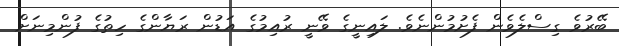
ބޭރުވެ ގިސްލެވެން ފެށުމުންނެވެ. ލައިނީގެ ވޭނީ ރުއިމުގެ އަޑުން ރަޔާންގެ ހިތުގެ ފުންމިނަށް